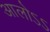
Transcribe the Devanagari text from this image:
आलोऽऽ